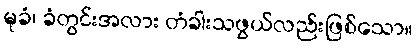
မုခံ၊ ခံတွင်းအလား တံခါးသဖွယ်လည်းဖြစ်သော။